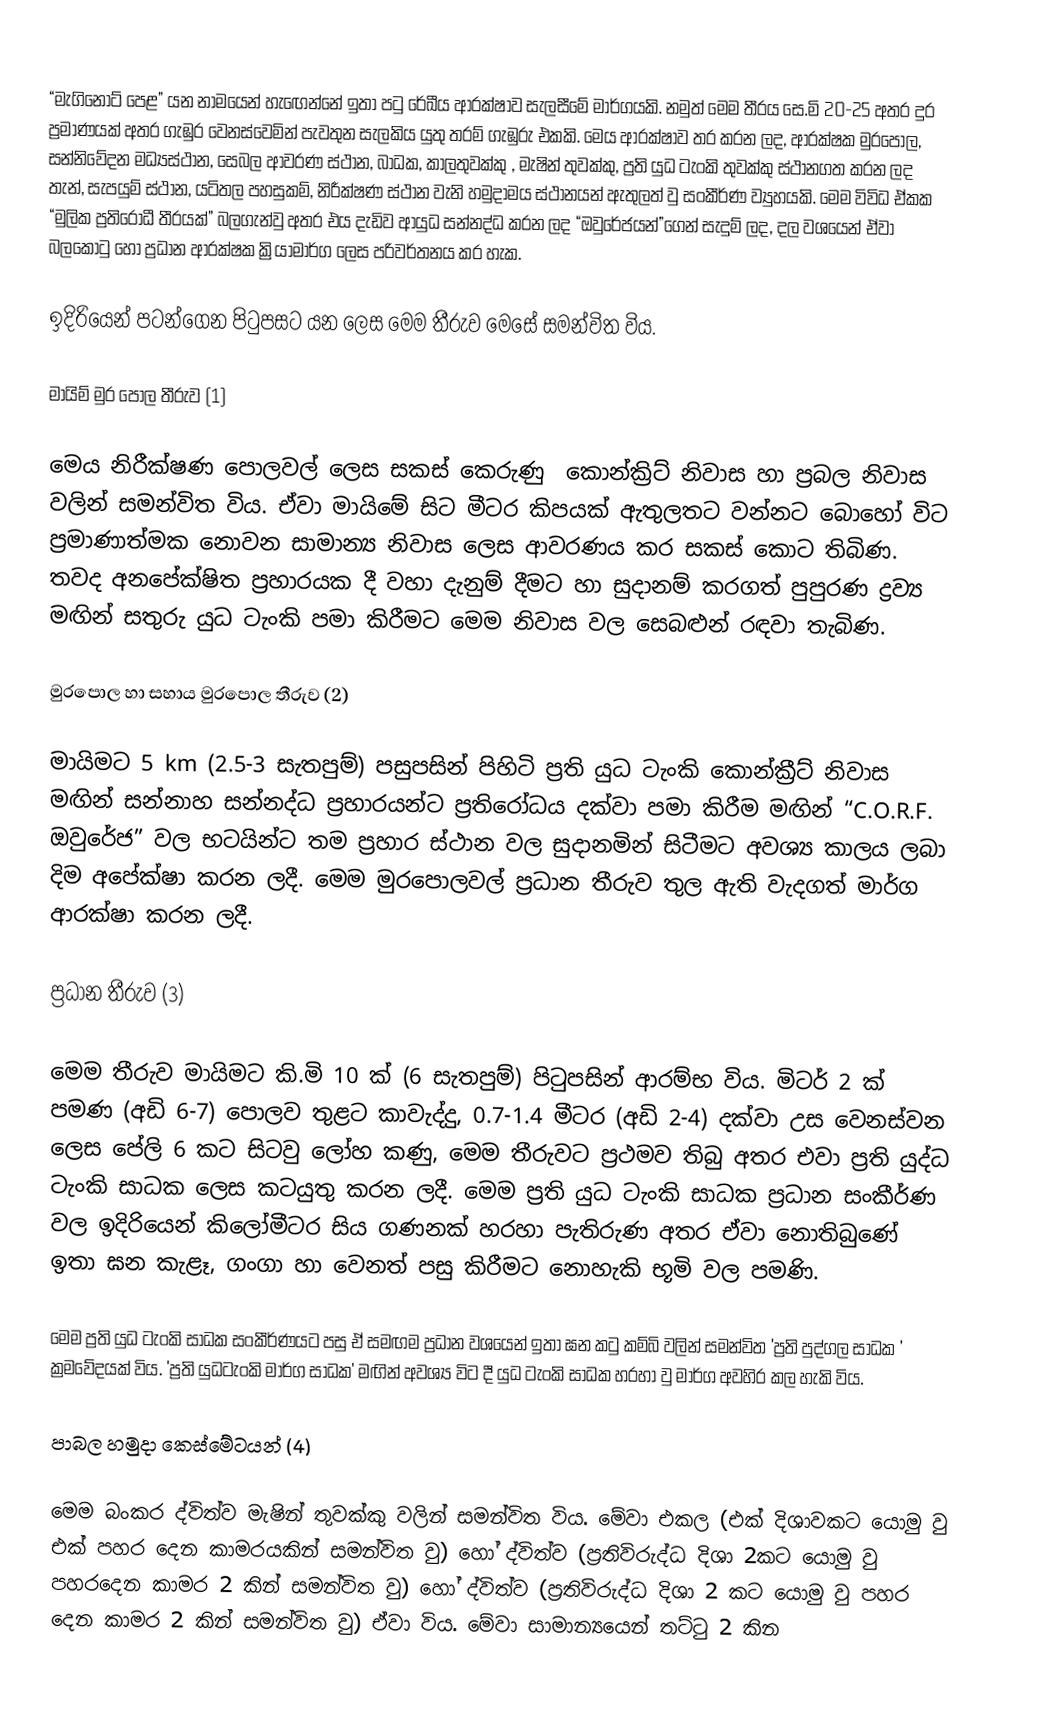
“මැගිනොට් පෙළ” යන නාමයෙන් හැඟෙන්නේ ඉතා පටු රේඛීය ආරක්ෂාව සැලසීමේ මාර්ගයකි. නමුත් මෙම තීරය සෙ.මි 20-25 අතර දුර ප්‍රමාණයක් අතර ගැඹුර වෙනස්වෙමින් පැවතුන සැලකිය යුතු තරම් ගැඹුරු එකකි. මෙය ආරක්ෂාව තර කරන ලද, ආරක්ෂක මුරපොල, සන්නිවේදන මධ්‍යස්ථාන, සෙබල ආවරණ ස්ථාන, බාධක, කාලතුවක්කු , මැෂින් තුවක්කු, ප්‍රති යුධ ටැංකි තුවක්කු ස්ථානගත කරන ලද තැන්, සැපයුම් ස්ථාන, යටිතල පහසුකම්, නිරීක්ෂණ ස්ථාන වැනි හමුදා‍මය ස්ථානයන් ඇතුලත් වු සංකීර්ණ ව්‍යුහයකි. මෙම විවිධ ඒකක “මුලික ප්‍රතිරෝධී තීරයක්” බලගැන්වු අතර එය දැඩිව ආයුධ සන්නද්ධ කරන ලද “ඔවුරේජයන්”ගෙන් සැදුම් ලද, දල වශයෙන් ඒවා බලකොටු හෝ ප්‍රධාන ආරක්ෂක ක්‍රියාමාර්ග ලෙස පරිවර්තනය කර හැක.

ඉදිරියෙන් පටන්ගෙන පිටුපසට යන ලෙස මෙම තීරුව මෙසේ සමන්විත විය.

මායිම් මුර පොල තීරුව (1)

මෙය නිරීක්ෂණ පොලවල් ලෙස සකස් කෙරුණු ‍ කොන්ක්‍රිට් නිවාස හා ප්‍රබල නිවාස වලින් සමන්විත විය. ඒවා මායිමේ සිට මීටර කිපයක් ඇතුලතට වන්නට බොහෝ විට ප්‍රමාණාත්මක නොවන සාමාන්‍ය නිවාස ලෙස ආවරණය කර සකස් කොට තිබිණ. තවද අනපේක්ෂිත ප්‍රහාරයක දී වහා දැනුම් දීමට හා සුදානම් කරගත් පුපුරණ ද්‍රව්‍ය මඟින් සතුරු යුධ ටැංකි පමා කිරීමට මෙම නිවාස වල සෙබළුන් ‍රඳවා තැබිණ.

මුරපොල හා සහාය මුරපොල තීරුව (2)

මායිමට 5 km (2.5-3 සැතපුම්) පසුපසින් පිහිටි ප්‍රති යුධ ටැංකි කොන්ක්‍රීට් නිවාස මඟින් සන්නාහ සන්නද්ධ ප්‍රහාරයන්ට ප්‍රතිරෝධය දක්වා පමා කිරීම මඟින් “C.O.R.F. ඔවුරේජ” වල භටයින්ට තම ප්‍රහාර ස්ථාන වල සුදානමින් සිටීමට අවශ්‍ය කාලය ලබා දිම අපේක්ෂා කරන ලදී. මෙම මුරපොලවල් ප්‍රධාන තීරුව තුල ඇති වැදගත් මාර්ග ආරක්ෂා කරන ලදී.

ප්‍රධාන තීරුව (3)

මෙම තීරුව මායිමට කි.මි 10 ක් (6 සැතපුම්) පිටුපසින් ආරම්භ විය. මිටර් 2 ක් පමණ (අඩි 6-7) පොලව තුළට කාවැද්දු, 0.7-1.4 මීටර (අඩි 2-4) දක්වා උස වෙනස්වන ලෙස පේලි 6 කට සිටවු ලෝහ කණු, මෙම තීරුවට ප්‍රථමව තිබු අතර එවා ප්‍රති යුද්ධ ටැංකි සාධක ලෙස කටයුතු කරන ලදී. මෙම ප්‍රති යුධ ටැංකි සාධක ප්‍රධාන සංකීර්ණ වල ඉදිරියෙන් කිලෝමීටර සිය ගණනක් හරහා පැතිරුණ අතර ඒවා නොතිබුණේ ඉතා ඝන කැළෑ, ගංගා හා වෙනත් පසු කිරීමට නොහැකි භූමි වල පමණි.

මෙම ප්‍රති යුධ ටැංකි සාධක සංකීර්ණයට පසු ඒ සමඟම ප්‍රධාන වශයෙන් ඉතා ඝන කටු කම්බි වලින් සමන්විත 'ප්‍රති පුද්ගල සාධක ' ක්‍රමවේදයක් විය. 'ප්‍රති යුධටැංකි මාර්ග සාධක' මඟින් අවශ්‍ය විට දී යුධ ටැංකි සාධක හරහා වු මාර්ග අවහිර කල හැකි විය.

පාබල හමුදා කෙස්මේටයන් (4)

මෙම බංකර ද්විත්ව මැෂින් තුවක්කු වලින් සමන්විත විය. මේවා එකල (එක් දිශාවකට යොමු වු එක් පහර දෙන කාමරයකින් සමන්විත වු) හෝ ද්විත්ව (ප්‍රතිවිරුද්ධ දිශා 2කට යොමු වු පහරදෙන කාමර 2 කින් සමන්විත වු) හෝ ද්විත්ව (ප්‍රතිවිරුද්ධ දිශා 2 කට යොමු වු පහර දෙන කාමර 2 කින් සමන්විත වු) ඒවා විය. මේවා සාමාන්‍යයෙන් තට්ටු 2 කින